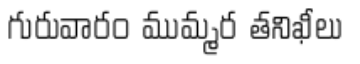
గురువారం ముమ్మర తనిఖీలు